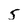
Character: 5